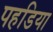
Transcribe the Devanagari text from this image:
पहडिया